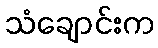
သံချောင်းက